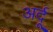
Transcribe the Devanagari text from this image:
अर्दू